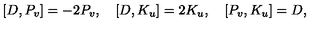
{ } [ D , P _ { v } ] = - 2 P _ { v } , \quad { } [ D , K _ { u } ] = 2 K _ { u } , \quad { } [ P _ { v } , K _ { u } ] = D ,